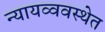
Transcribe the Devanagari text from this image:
न्यायव्ववस्थेत